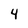
Character: 4